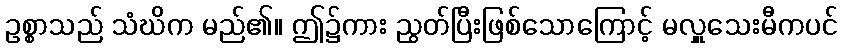
ဥစ္စာသည် သံဃိက မည်၏။ ဤ၌ကား ညွတ်ပြီးဖြစ်သောကြောင့် မလှူသေးမီကပင်